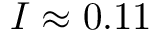
I \approx 0 . 1 1